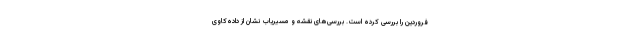
فروردین را بررسی کرده است. بررسی‌های نقشه و مسیریاب نشان از داده‌کاوی